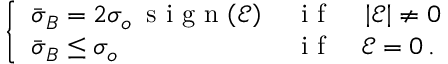
\begin{array} { r } { \left\{ \begin{array} { l l } { \bar { \boldsymbol { \sigma } } _ { B } = 2 \sigma _ { o } \, \mathrm { ~ s ~ i ~ g ~ n ~ } { \left( \mathcal { E } \right) } \, } & { \mathrm { ~ i ~ f ~ } \quad \left| \mathcal { E } \right| \ne 0 } \\ { \bar { \boldsymbol { \sigma } } _ { B } \le \sigma _ { o } } & { \mathrm { ~ i ~ f ~ } \quad \mathcal { E } = 0 \, . } \end{array} \right. } \end{array}